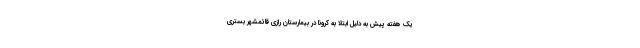
یک هفته پیش به دلیل ابتلا به کرونا در بیمارستان رازی قائمشهر بستری